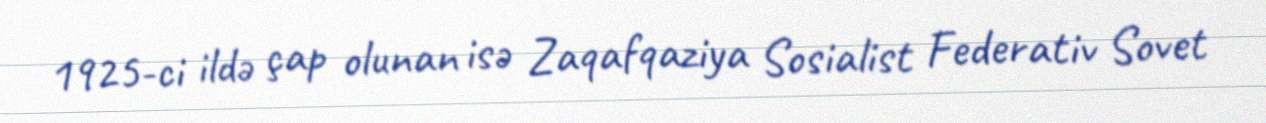
1925-ci ildə çap olunan isə Zaqafqaziya Sosialist Federativ Sovet